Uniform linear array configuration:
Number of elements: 64
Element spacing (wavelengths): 0.5
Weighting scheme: hann
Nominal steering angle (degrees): -15
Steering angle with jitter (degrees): -16.251
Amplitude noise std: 0.05
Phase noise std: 0.05

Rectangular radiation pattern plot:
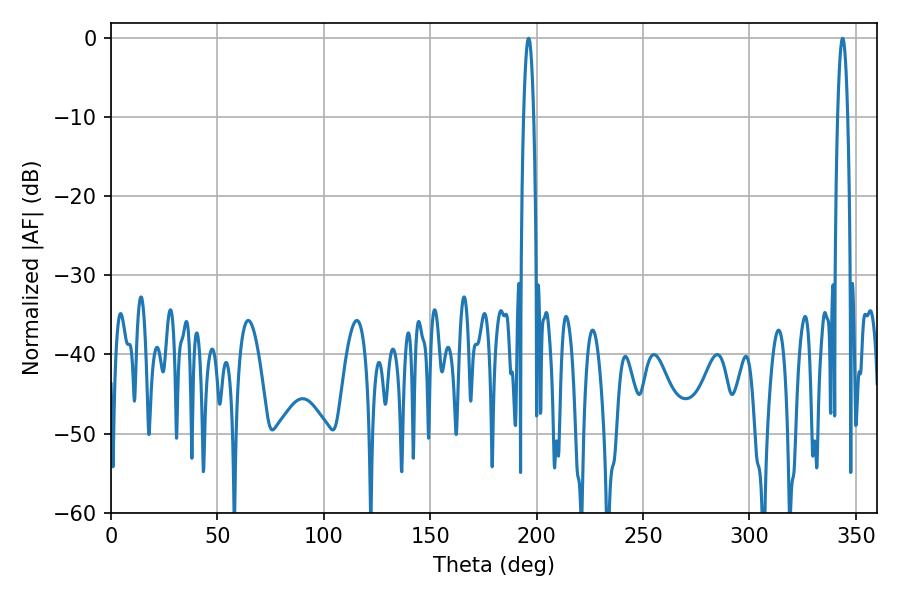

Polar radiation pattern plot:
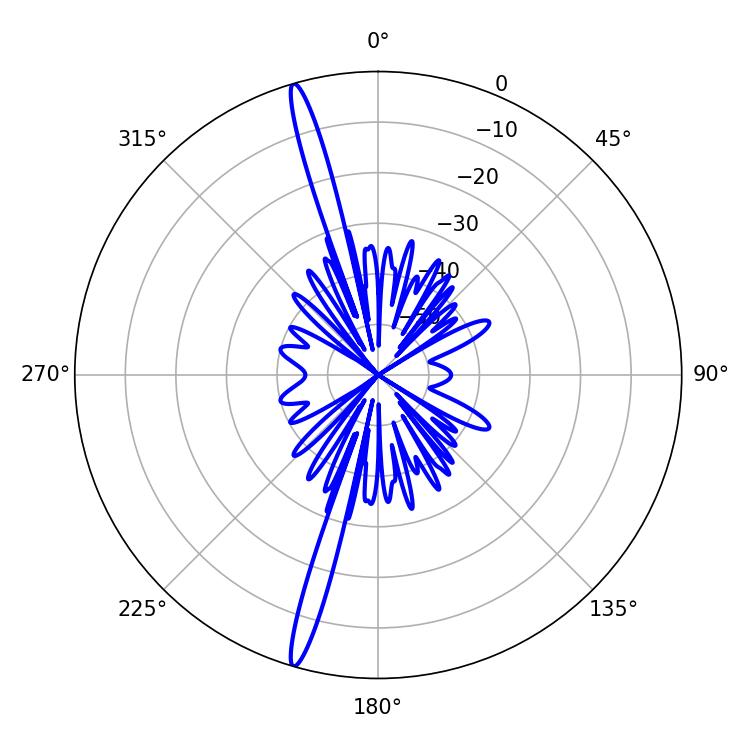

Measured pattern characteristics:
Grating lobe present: FALSE
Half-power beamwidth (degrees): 2.52
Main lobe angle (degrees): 196.2